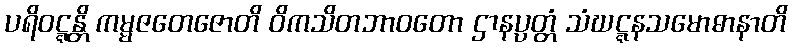
ပရိဝဋ္ဋန္တိ ကမ္မဇတေဇောတိ ဝိကသိတဘာဝတော ဌာနပ္ပတ္တံ သံဃဋ္ဋနသမောဓာနာတိ